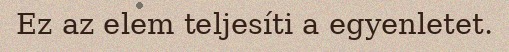
Ez az elem teljesíti a egyenletet.